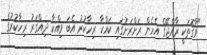
"ވާގޮތަކީ ރާއްޖޭގެ އެހެން ރަށްރަށުގައި ކައްކާ ރިހާކުރު އެބަ ވިއްކާ ދިއްގަރު ރިހާކުރުގެ